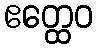
ဧတ္ထေဝ